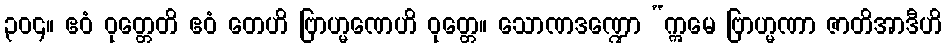
၃၀၄။ ဧဝံ ဝုတ္တေတိ ဧဝံ တေဟိ ဗြာဟ္မဏေဟိ ဝုတ္တေ။ သောဏဒဏ္ဍော “ဣမေ ဗြာဟ္မဏာ ဇာတိအာဒီဟိ